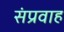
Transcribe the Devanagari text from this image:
संप्रवाह